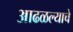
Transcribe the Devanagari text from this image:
आढळल्याचे